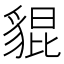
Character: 𧳢